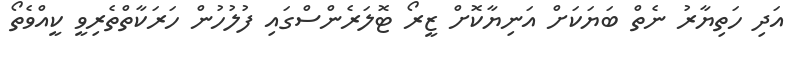
އަދި ހަތިޔާރު ނެތް ބަޔަކަށް އަނިޔާކޮށް ޒީރޯ ޓޮލަރެންސްގައި ފުލުހުން ހަރަކާތްތެރިވީ ކީއްވެތޯ